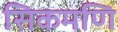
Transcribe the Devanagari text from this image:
सिकमणि